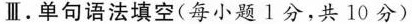
Ⅲ.单句语法填空(每小题 1分,共 10 分)